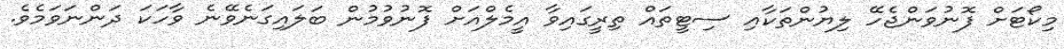
މިކޯޓަށް ފޮނުވަންޖެހޭ ލިޔުންތަކާއި ސިޓީތައް ތިރީގައިވާ އީމެލްއަށް ފޮނުވުމުން ބަލައިގަނެވޭނެ ވާހަކަ ދަންނަވަމެވެ.